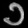
Digit: ၁